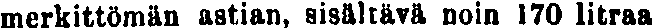
merkittömän astian, sisältävä noin 170 litraa